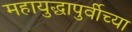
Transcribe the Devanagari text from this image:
महायुद्धापुर्वीच्या